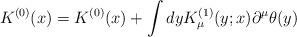
LaTeX: \begin{align*}K^{(0)}(x)=K^{(0)}(x)+\int dyK^{(1)}_{\mu}(y;x)\partial^{\mu}\theta(y)\end{align*}